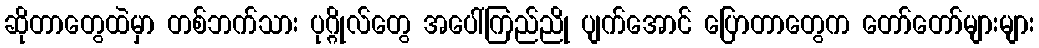
ဆိုတာတွေထဲမှာ တစ်ဘက်သား ပုဂ္ဂိုလ်တွေ အပေါ်ကြည်ညို ပျက်အောင် ပြောတာတွေက တော်တော်များများ